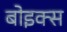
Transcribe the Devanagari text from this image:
बोइक्स